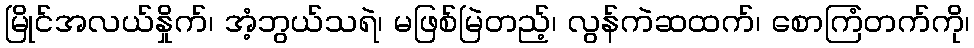
မြိုင်အလယ်နှိုက်၊ အံ့ဘွယ်သရဲ၊ မဖြစ်မြဲတည့်၊ လွန်ကဲဆထက်၊ စောကြံတက်ကို၊